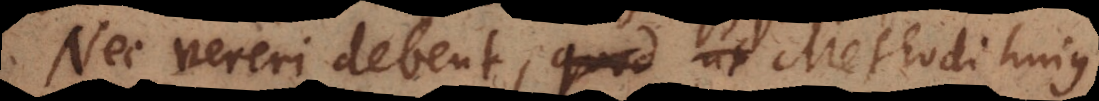
Nec vereri debent, quod ut Methodi hujus